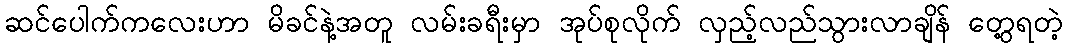
ဆင်ပေါက်ကလေးဟာ မိခင်နဲ့အတူ လမ်းခရီးမှာ အုပ်စုလိုက် လှည့်လည်သွားလာချိန် တွေ့ရတဲ့